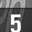
Digit: 5